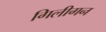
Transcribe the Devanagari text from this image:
गिलीगन